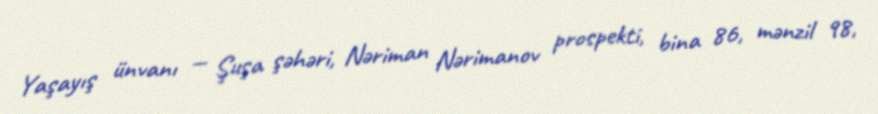
Yaşayış ünvanı — Şuşa şəhəri, Nəriman Nərimanov prospekti, bina 86, mənzil 98,